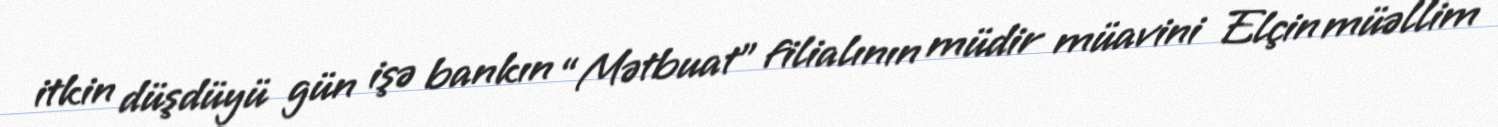
itkin düşdüyü gün işə bankın “Mətbuat” filialının müdir müavini Elçin müəllim